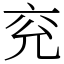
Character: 兖